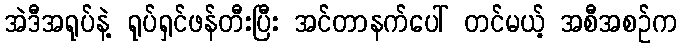
အဲဒီအရုပ်နဲ့ ရုပ်ရှင်ဖန်တီးပြီး အင်တာနက်ပေါ် တင်မယ့် အစီအစဉ်က